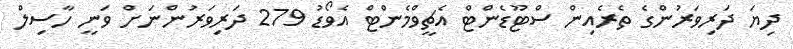
ދިޔަ ދަރިވަރުންގެ ތެރެއިން ސްޓޫޑެންޓް އެޗީވްމެންޓް އެވޯޑު 279 ދަރިވަރުންނަށް ވަނީ ހާސިލް